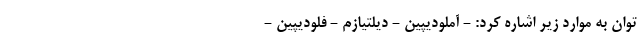
توان به موارد زیر اشاره کرد: - آملودیپین - دیلتیازم - فلودیپین -